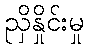
ညှိနှိုင်းမှု